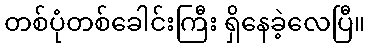
တစ်ပုံတစ်ခေါင်းကြီး ရှိနေခဲ့လေပြီ။